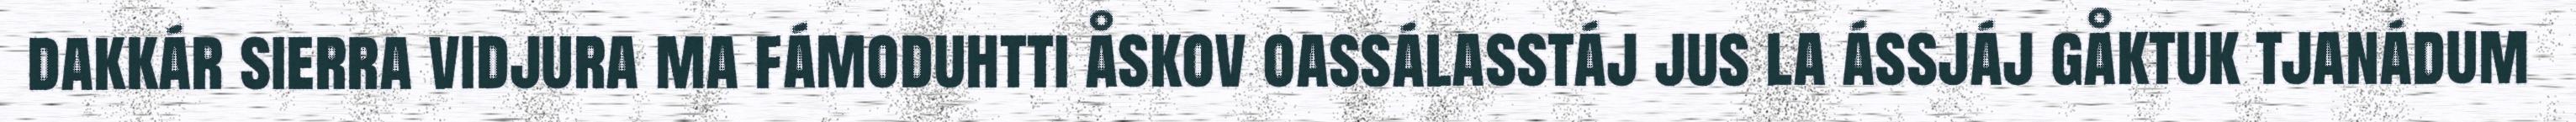
dakkár sierra vidjura ma fámoduhtti åskov oassálasstáj jus la ássjáj gåktuk tjanádum